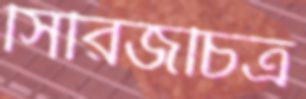
সিরিজচিত্র